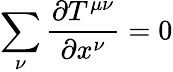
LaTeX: \sum_{\nu}\frac{\partial T^{\mu\nu}}{\partial x^{\nu}}=0